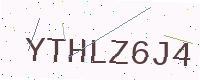
Text: YTHLZ6J4